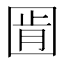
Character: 𭍧